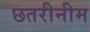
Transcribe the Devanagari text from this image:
छतरीनीम